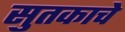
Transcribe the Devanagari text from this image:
सुतकाचे